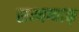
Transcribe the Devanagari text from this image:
सम्यग्वाक्